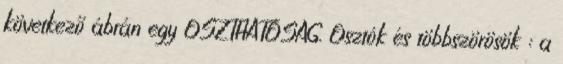
következő ábrán egy OSZTHATÓSÁG. Osztók és többszörösök : a